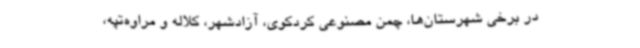
در برخی شهرستان‌ها، چمن مصنوعی کردکوی، آزادشهر، کلاله و مراوه‌تپه،